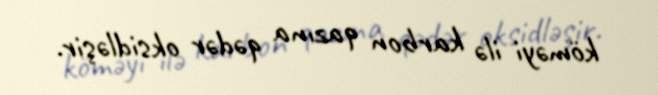
köməyi ilə karbon qazına qədər oksidləşir.